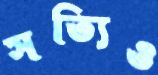
সত্যিও